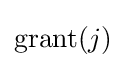
{\text{grant}}(j)